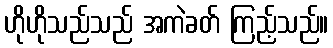
ဟိုဟိုသည်သည် အကဲခတ် ကြည့်သည်။